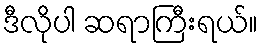
ဒီလိုပါ ဆရာကြီးရယ်။